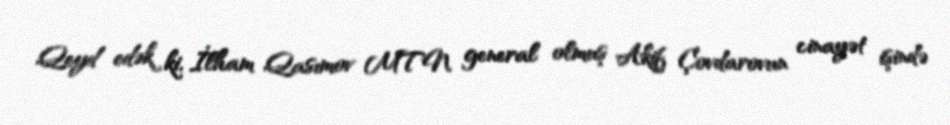
Qeyd edək ki, İlham Qasımov MTN general olmuş Akif Çovdarovun cinayət işində